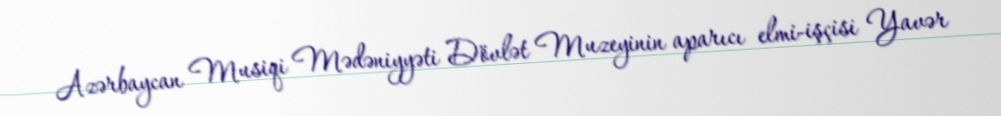
Azərbaycan Musiqi Mədəniyyəti Dövlət Muzeyinin aparıcı elmi-işçisi Yavər